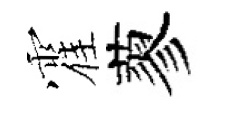
霍蓼